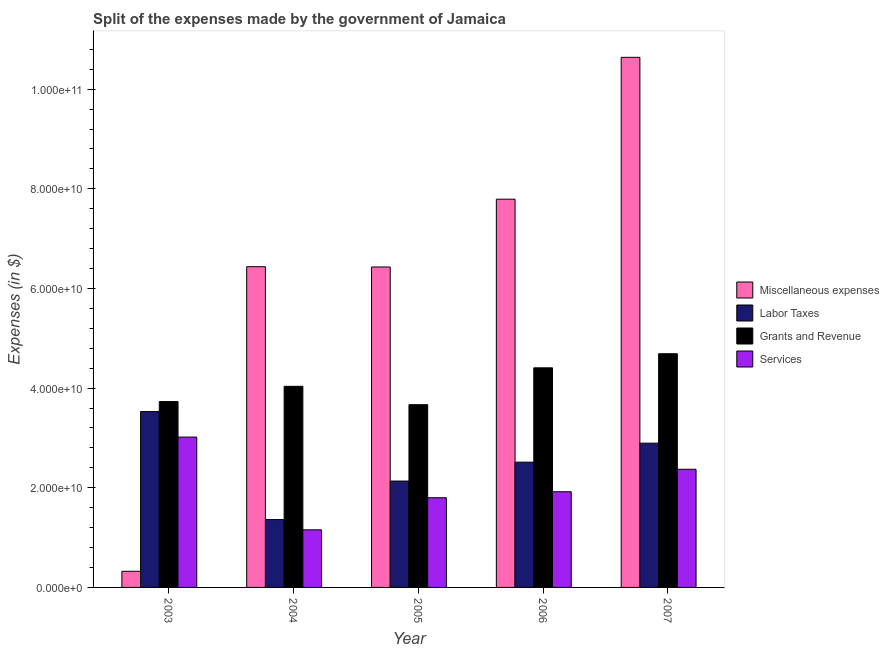
| Year | Miscellaneous expenses | Labor Taxes | Grants and Revenue | Services |
 | --- | --- | --- | --- | --- |
 | 2003 | 3.24e+09 | 3.53e+10 | 3.73e+10 | 3.02e+10 |
 | 2004 | 6.44e+10 | 1.36e+10 | 4.04e+10 | 1.16e+10 |
 | 2005 | 6.43e+10 | 2.14e+10 | 3.67e+10 | 1.8e+10 |
 | 2006 | 7.79e+10 | 2.51e+10 | 4.41e+10 | 1.92e+10 |
 | 2007 | 1.06e+11 | 2.9e+10 | 4.69e+10 | 2.37e+10 |